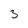
Character: 3